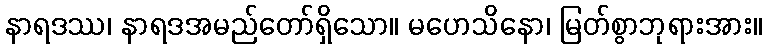
နာရဒဿ၊ နာရဒအမည်တော်ရှိသော။ မဟေသိနော၊ မြတ်စွာဘုရားအား။